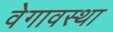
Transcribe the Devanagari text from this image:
वेगावस्था